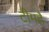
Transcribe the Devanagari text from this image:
टीमहै